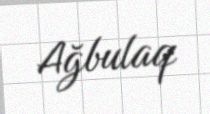
Ağbulaq